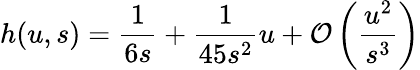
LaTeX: h(u,s)=\frac{1}{6s}+\frac{1}{45s^{2}}u+{\cal O}\left(\frac{u^{2}}{s^{3}}\right)